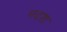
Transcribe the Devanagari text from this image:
पदश